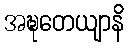
အဍ္ဎတေယျာနိ